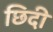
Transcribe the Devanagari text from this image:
छिदी